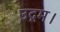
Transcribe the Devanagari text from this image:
उद्गम।